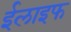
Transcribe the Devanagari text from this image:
ईलाइफ